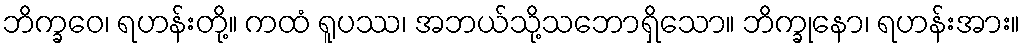
ဘိက္ခဝေ၊ ရဟန်းတို့။ ကထံ ရူပဿ၊ အဘယ်သို့သဘောရှိသော။ ဘိက္ခုနော၊ ရဟန်းအား။